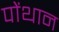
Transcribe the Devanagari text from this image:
पोंथान